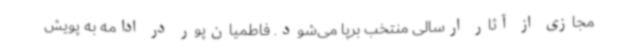
مجازی از آثار ارسالی منتخب برپا می‌شود. فاطمیان‌پور در ادامه به پویش